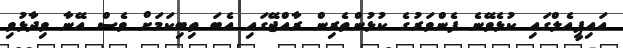
އައިޕީއެލްގައި ކުޅެވޭނެ ފެންވަރުގެ ކުޅުންތެރިން ރާއްޖޭގައި އެބަ ތިބިކަމަށް ވެސް އޭނާ ވިދާޅުވި